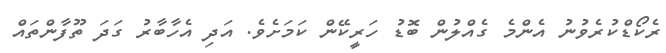
ރެކޯޑްކުރެވުނު އެންމެ ގެއްލުން ބޮޑު ހަރީކޭން ކަމަށެވެ. އަދި އެހާބާރު ގަދަ ތޫފާންތައް